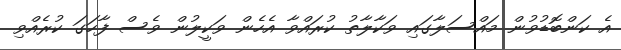
އެ ކަންބޮޑުވުން މައްސަލާގައި ވަކާލާތު ކުރައްވާ އެހެން ވަކީލުން ވެސް ފާހަގަ ކުރެއްވި